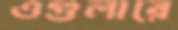
ওগুলারে